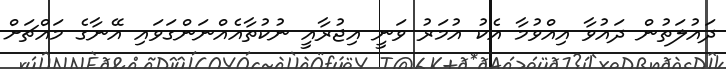
ދައުލަތުން ދައުވާ އިއްވުމާ އެކު އުމަރު ވަނީ އިޖުރާއީ ނުކުތާއެއްނަންގަވައި އޭނާގެ މައްޗަށް